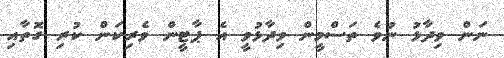
ނަން ވިދާޅު ނުވެ ތަސްމީން ވިދާޅުވީ އެ ޕާޓީން ވެރިކަން ކުރި ގޮތާއި